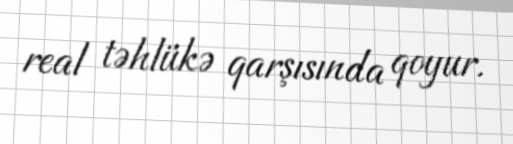
real təhlükə qarşısında qoyur.